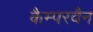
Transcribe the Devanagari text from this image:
कैम्परवैन